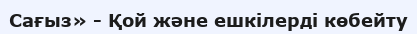
Сағыз» - Қой және ешкілерді көбейту